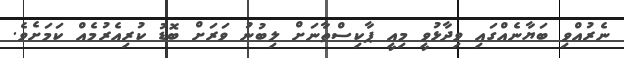
ނެރުއްވި ބަޔާނެއްގައި ވިދާޅުވީ މިއީ ޕާކިސްތާނަށް ލިބުނު ވަރަށް ބޮޑު ކުރިއެރުމެއް ކަމަށެވެ.